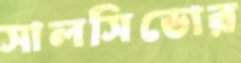
সালসিডোর